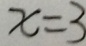
x = 3